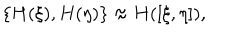
\{ H ( \xi ) , H ( \eta ) \} \approx H ( [ \xi , \eta ] ) ,